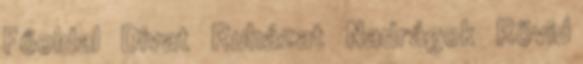
Főoldal Divat Ruházat Nadrágok Rövid